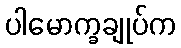
ပါမောက္ခချုပ်က